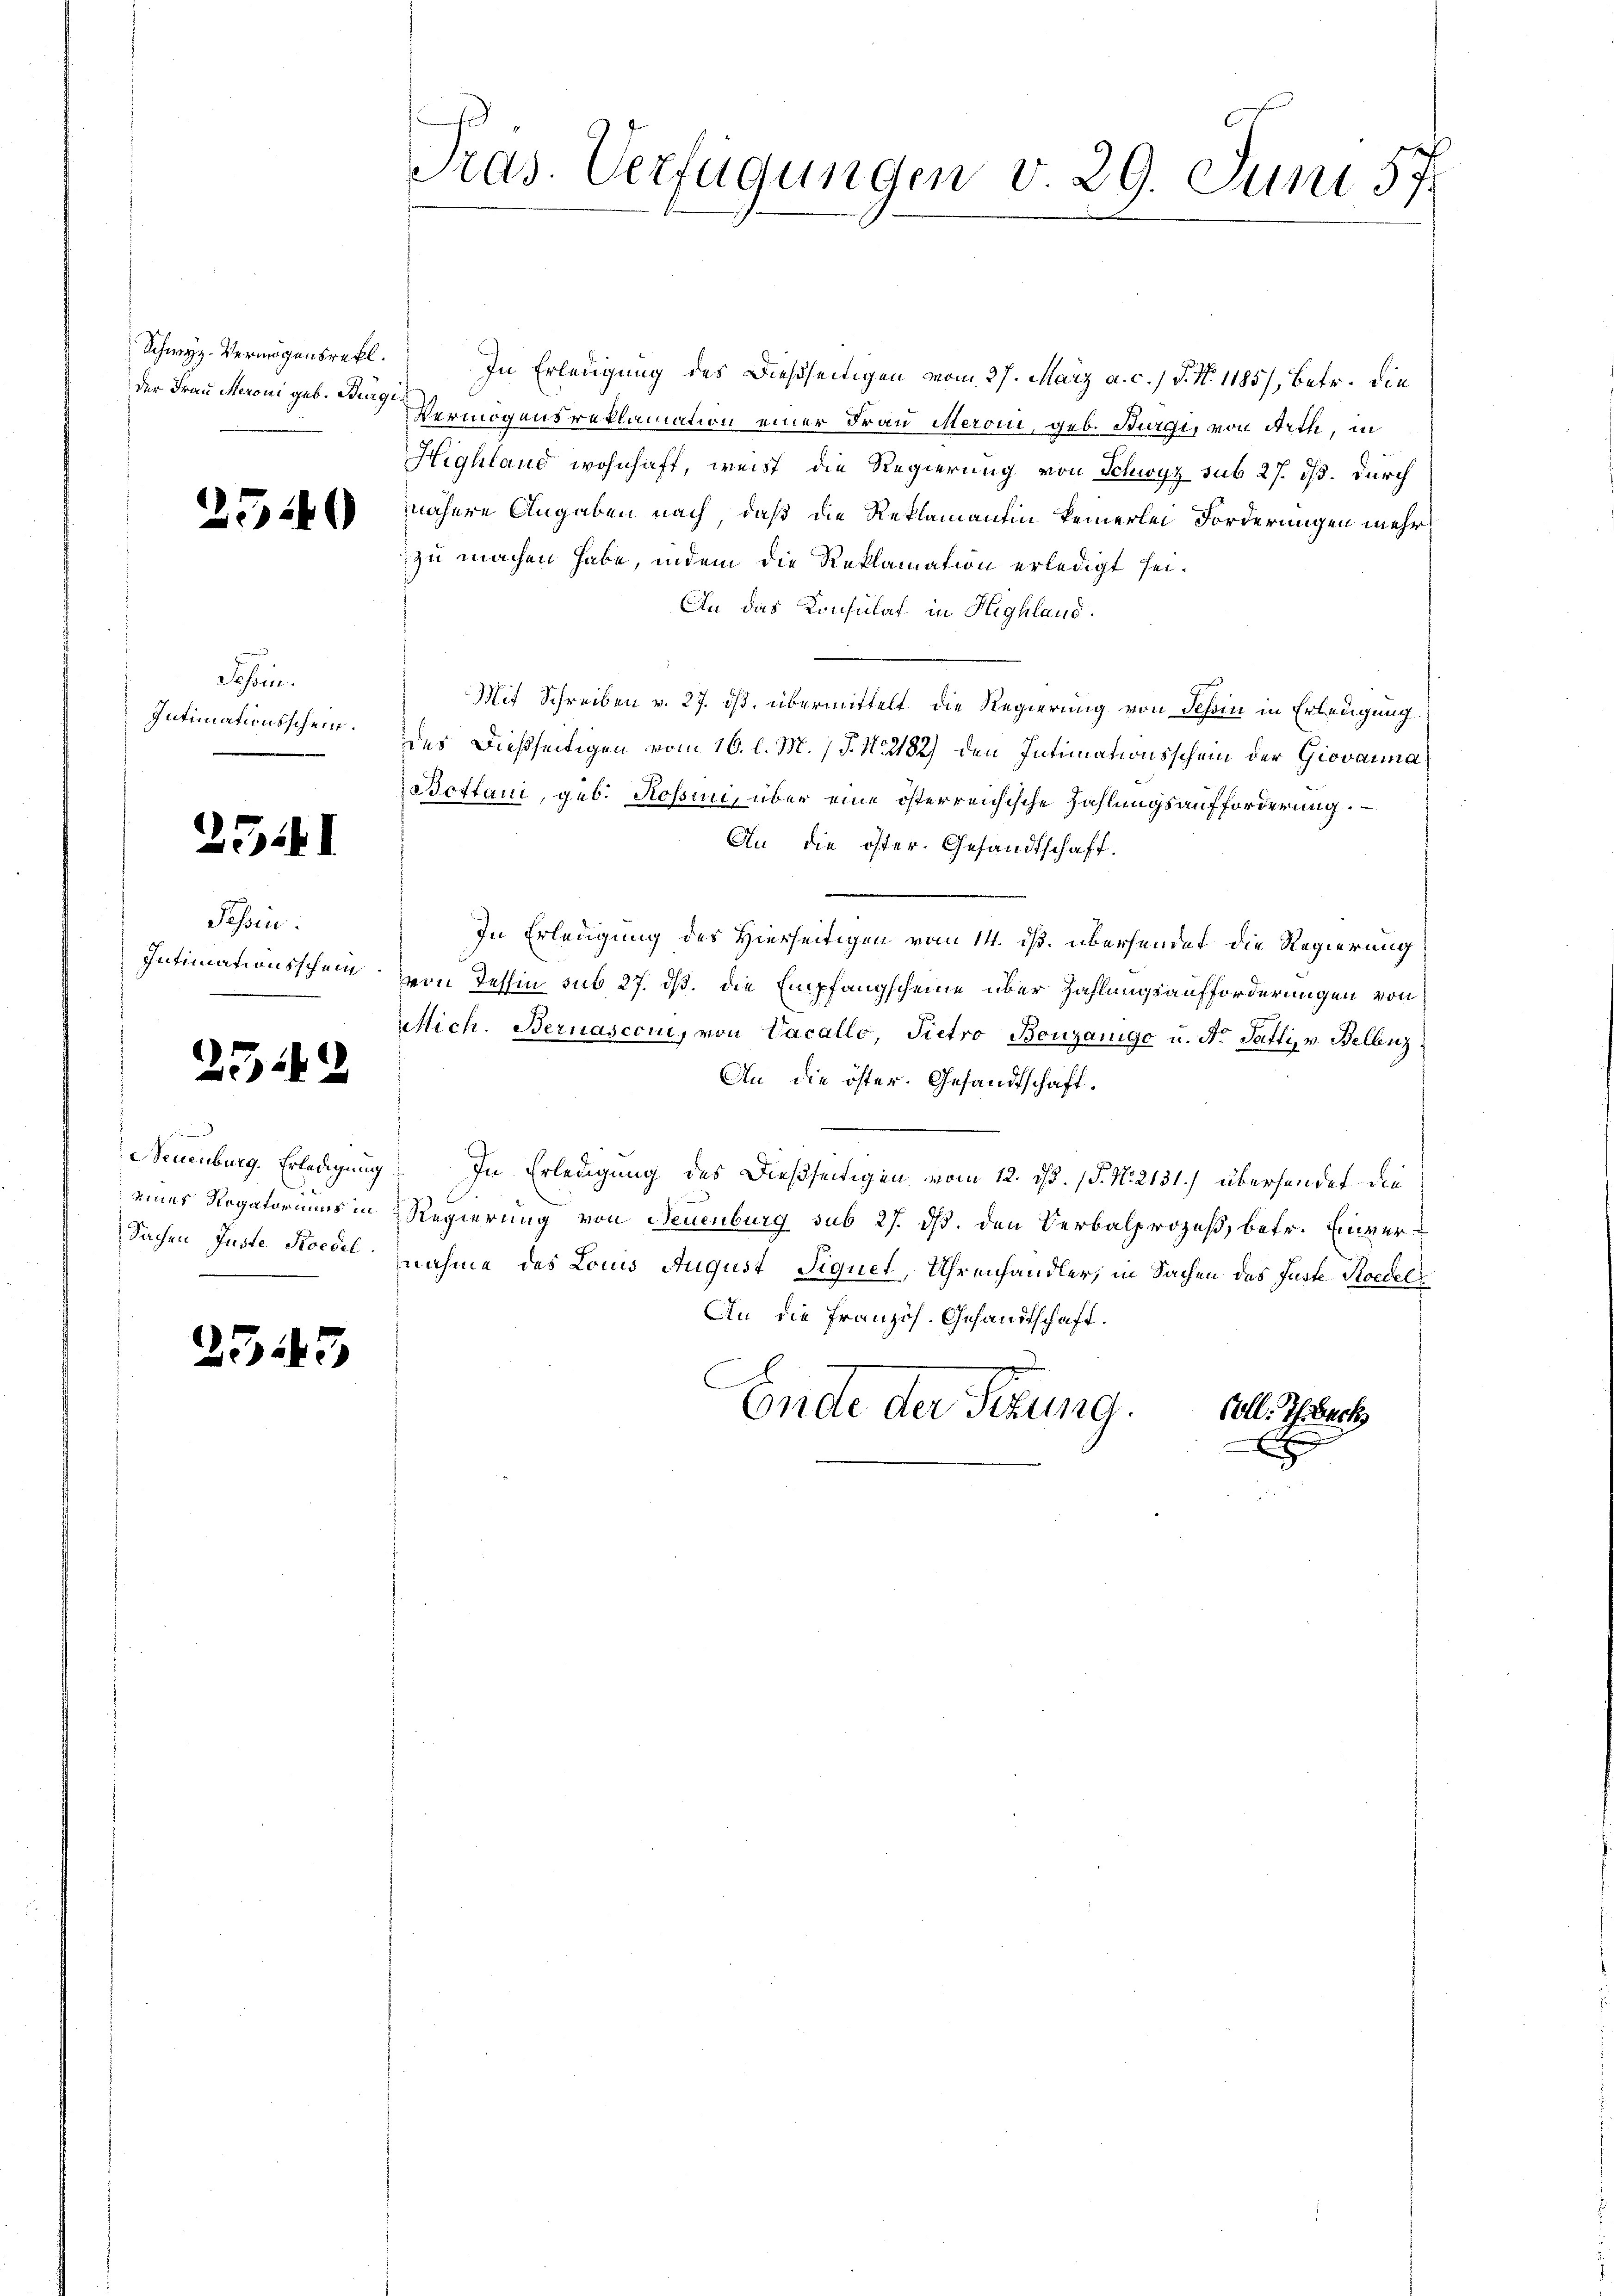
Schwyz. Vermögensretl.

2540

Sehen.
Intimationsschein.

25.41

Tessin.

239

d

2545

Pras. Verfügungen v. 29. Juni 57.

In Erledigung des Dießseitigen vom 27. März a. c. P. N. 1185), betr. die
der Frau Meroni geb. Die Vermögensreklamation einer Frau Meroni, geb. Burgi, von Arth, in
Highland wohnhaft, weist die Regierung von Schwyz sub 27. ds. durch
nähere Angaben nach, daß die Reklamantin keinerlei Forderungen mehrzu machen habe, indem die Reklamation erledigt sei.
An das Konsulat in Highland.
Mit Schreiben v. 27. ds. übermittelt die Regierung von Schin in Erledigung.
des dießseitigen vom 16. l. M. P. N. 2182) den Intimationsschein der Giovanna
Bottani, geb. Rossin, über eine österreichische Zahlungsaufforderung.
An die öster. Gesandtschaft.
In Erledigung des Hierseitigen vom 14. ds. übersendet die Regierung
Intimanensschen von Jehlin sub 27. ds. die Empfangscheine über Zahlungsaufforderungen von
Mich. Bernasconi, von Vacallo, Pietro Bouzanige u. Nr. Gatti, v. Bellenz
An die öster. Gesandtschaft.
Neuenburg. Erledigung. In Erledigung des dießseitigen vom 12. ds. (T. N. 2131.) überhandet die
einer Rogatoriums in Regierung von Neuenburg sub 27. ds. den Verbalprozeß, betr. Einver¬
Sachen Juste Koedel nahme des Louis August Siquet, Uhrenhändler, in Sachen das Juste Roedel
An die Französ. Gesandtschaft.
Ende der Sitzung.
Coll. Ihrbeck
.